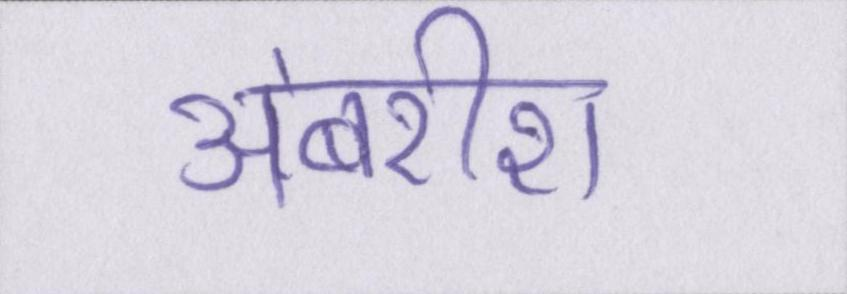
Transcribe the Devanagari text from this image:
अंबरीश